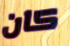
كان